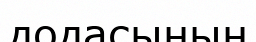
додасының